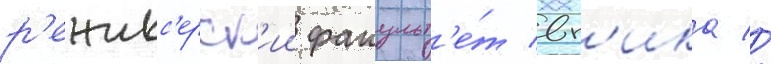
р'ежисс'ерск'ии факульт'е́т вг'ика //